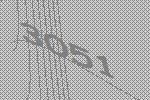
3051